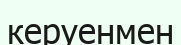
керуенмен